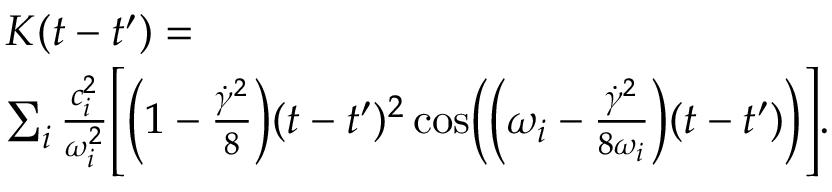
\begin{array} { r l } & { K ( t - t ^ { \prime } ) = } \\ & { \sum _ { i } \frac { c _ { i } ^ { 2 } } { \omega _ { i } ^ { 2 } } \Biggl [ \Bigl ( 1 - \frac { \dot { \gamma } ^ { 2 } } { 8 } \Bigr ) ( t - t ^ { \prime } ) ^ { 2 } \cos \Bigl ( \Bigl ( \omega _ { i } - \frac { \dot { \gamma } ^ { 2 } } { 8 \omega _ { i } } \Bigr ) ( t - t ^ { \prime } ) \Bigr ) \Biggr ] . } \end{array}